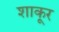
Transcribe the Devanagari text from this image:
शाकूर